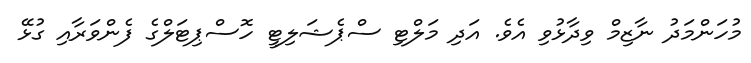
މުހަންމަދު ނާޒިމް ވިދާޅުވި އެވެ. އަދި މަލްޓި ސްޕެޝަލިޓީ ހޮސްޕިޓަލްގެ ފެންވަރާއި ގުޅޭ